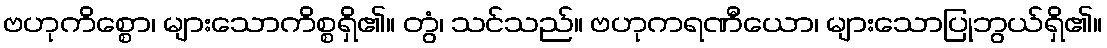
ဗဟုကိစ္စော၊ များသောကိစ္စရှိ၏။ တွံ၊ သင်သည်။ ဗဟုကရဏီယော၊ များသောပြုဘွယ်ရှိ၏။